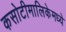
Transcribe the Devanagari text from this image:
कसोटीमालिकेमध्ये